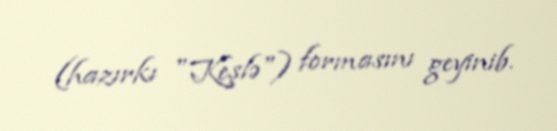
(hazırkı "Keşlə") formasını geyinib.